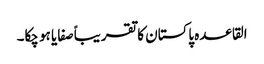
القاعدہ پاکستان کا تقریباً صفایا ہو چکا۔